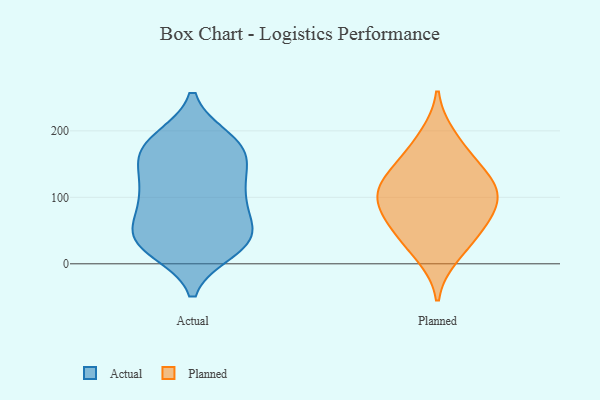
{"axis": {"x": "Website Visitors", "y": "Value"}, "legend": ["Actual", "Planned"], "data": [{"x": "", "y": 37, "type": "Actual"}, {"x": "", "y": 55, "type": "Actual"}, {"x": "", "y": 28, "type": "Actual"}, {"x": "", "y": 161, "type": "Actual"}, {"x": "", "y": 89, "type": "Actual"}, {"x": "", "y": 103, "type": "Actual"}, {"x": "", "y": 47, "type": "Actual"}, {"x": "", "y": 119, "type": "Actual"}, {"x": "", "y": 33, "type": "Actual"}, {"x": "", "y": 186, "type": "Actual"}, {"x": "", "y": 187, "type": "Actual"}, {"x": "", "y": 58, "type": "Actual"}, {"x": "", "y": 147, "type": "Actual"}, {"x": "", "y": 113, "type": "Actual"}, {"x": "", "y": 26, "type": "Actual"}, {"x": "", "y": 100, "type": "Actual"}, {"x": "", "y": 182, "type": "Actual"}, {"x": "", "y": 21, "type": "Actual"}, {"x": "", "y": 164, "type": "Actual"}, {"x": "", "y": 167, "type": "Actual"}, {"x": "", "y": 192, "type": "Planned"}, {"x": "", "y": 142, "type": "Planned"}, {"x": "", "y": 108, "type": "Planned"}, {"x": "", "y": 79, "type": "Planned"}, {"x": "", "y": 101, "type": "Planned"}, {"x": "", "y": 125, "type": "Planned"}, {"x": "", "y": 108, "type": "Planned"}, {"x": "", "y": 71, "type": "Planned"}, {"x": "", "y": 12, "type": "Planned"}, {"x": "", "y": 53, "type": "Planned"}, {"x": "", "y": 37, "type": "Planned"}, {"x": "", "y": 160, "type": "Planned"}]}